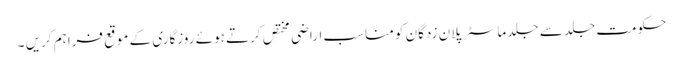
حکومت جلد سے جلد ماسٹر پلان زدگان کو مناسب اراضی مختص کرتے ہوئے روزگاری کے موقع فراہم کریں ۔